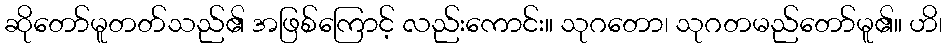
ဆိုတော်မူတတ်သည်၏ အဖြစ်ကြောင့် လည်းကောင်း။ သုဂတော၊ သုဂတမည်တော်မူ၏။ ဟိ၊